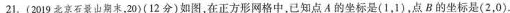
21. (2019北京石景山期末，20)(12分)如图，在正方形网格中，已知点A的坐标是(1，1)，点B的坐标是(2，0).